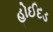
હોઈદડ